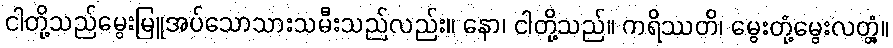
ငါတို့သည်မွေးမြူအပ်သောသားသမီးသည်လည်း။ နော၊ ငါတို့သည်။ ကရိဿတိ၊ မွေးတုံ့မွေးလတ္တံ့။